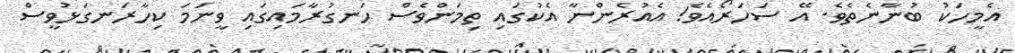
އެމީހަކު ބުނާނެތެވެ. އޭ ސަހަރޯއެވެ! އެއުރެންނާ އެކުގައި ތިމަންވެސް ހަނގުރާމައިގައި ވީނަމަ ކިހާރަނގަޅުވީސް